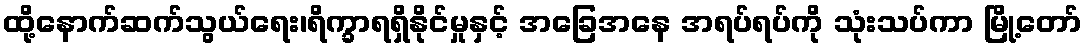
ထို့နောက်ဆက်သွယ်ရေး၊ရိက္ခာရရှိနိုင်မှုနှင့် အခြေအနေ အရပ်ရပ်ကို သုံးသပ်ကာ မြို့တော်